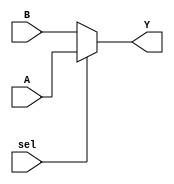
module mux_2_to_1 (
    input wire [7:0] A,    // 8-bit data input A
    input wire [7:0] B,    // 8-bit data input B
    input wire sel,        // Control signal
    output wire [7:0] Y    // 8-bit output
);

// Conditional Continuous Assignment using the ternary operator
assign Y = (sel) ? A : B;

endmodule